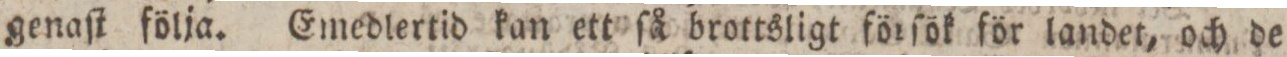
genaſt följa. Emedlertid kan ett ſå brottsligt förſök för landet, och de